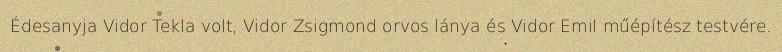
Édesanyja Vidor Tekla volt, Vidor Zsigmond orvos lánya és Vidor Emil műépítész testvére.